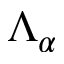
\Lambda _ { \alpha }